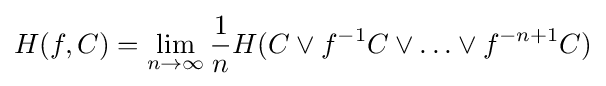
H(f,C)=\lim _{n\to \infty }{\frac {1}{n}}H(C\vee f^{-1}C\vee \ldots \vee f^{-n+1}C)